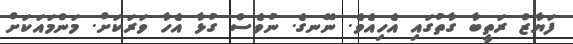
ފަޔާޒް ރަތީބާ ގާތުގައި އެހިއެވެ. ނޭނގެ. ނުވެސް ގުޅާ އެހާ ވަރަކަށް. މަންމައަކަށް